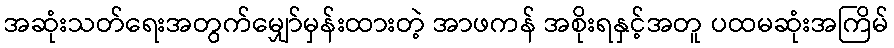
အဆုံးသတ်ရေးအတွက်မျှော်မှန်းထားတဲ့ အာဖကန် အစိုးရနှင့်အတူ ပထမဆုံးအကြိမ်